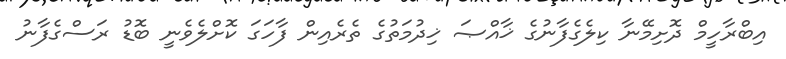
އިބްރާހީމް ދޮށިމޭނާ ކިލެގެފާނުގެ ޚާއްޞަ ޚިދުމަތުގެ ތެރެއިން ފާހަގަ ކޮށްލެވެނީ ބޮޑު ރަސްގެފާނު